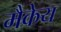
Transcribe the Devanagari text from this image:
मैकेय